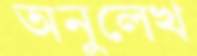
অনুলেখ